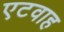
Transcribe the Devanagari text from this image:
एटवाह